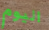
اليوم